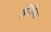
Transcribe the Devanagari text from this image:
झिझिमा